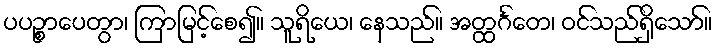
ပပဉ္စာပေတွာ၊ ကြာမြင့်စေ၍။ သူရိယေ၊ နေသည်။ အတ္ထင်္ဂတေ၊ ဝင်သည်ရှိသော်။